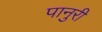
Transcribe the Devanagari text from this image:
पानुरी